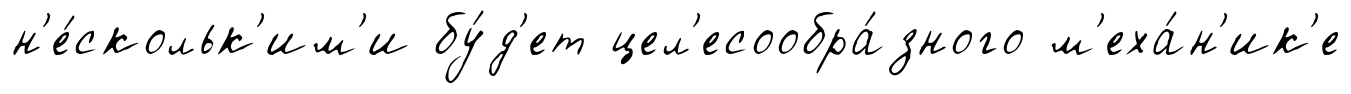
н'е́скольк'им'и бу́д'ет цел'есообра́зного м'еха́н'ик'е